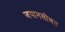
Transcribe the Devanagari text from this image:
जपानसोबत